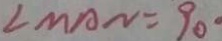
\angle M A N = 9 0 ^ { \circ }